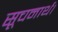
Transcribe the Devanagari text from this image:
सूचनार्थ।